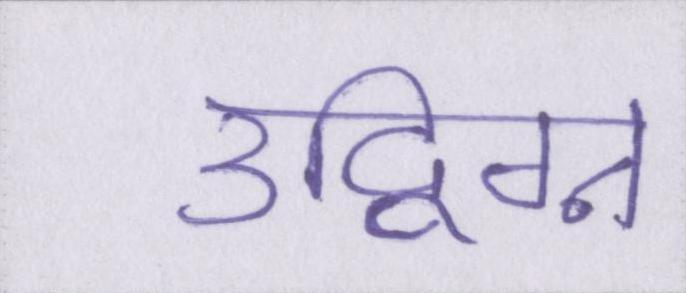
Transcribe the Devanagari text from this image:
उद्विग्न